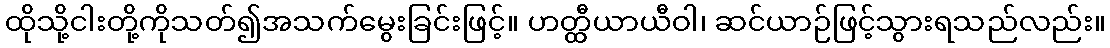
ထိုသို့ငါးတို့ကိုသတ်၍အသက်မွေးခြင်းဖြင့်။ ဟတ္ထီယာယီဝါ၊ ဆင်ယာဉ်ဖြင့်သွားရသည်လည်း။